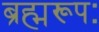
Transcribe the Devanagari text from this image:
ब्रह्मरूपः